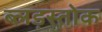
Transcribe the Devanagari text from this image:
ब्लड़स्तोक